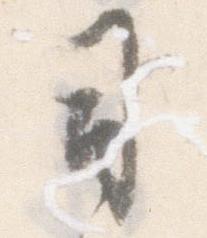
司